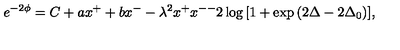
e ^ { - 2 \phi } = C + a x ^ { + } + b x ^ { - } - \lambda ^ { 2 } x ^ { + } x ^ { -- } 2 \log { [ 1 + \exp { ( 2 \Delta - 2 \Delta _ { 0 } ) } ] } ,